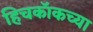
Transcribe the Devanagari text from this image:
हिचकॉकच्या